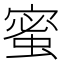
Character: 蜜